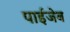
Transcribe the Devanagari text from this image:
पाईजेब